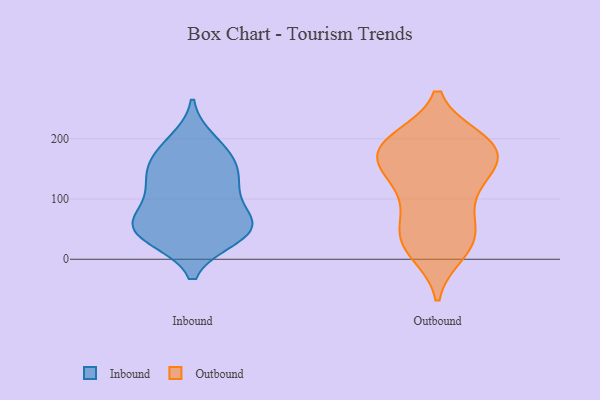
{"axis": {"x": "Bounce Rate (%)", "y": "Value"}, "legend": ["Inbound", "Outbound"], "data": [{"x": "", "y": 162, "type": "Inbound"}, {"x": "", "y": 179, "type": "Inbound"}, {"x": "", "y": 119, "type": "Inbound"}, {"x": "", "y": 195, "type": "Inbound"}, {"x": "", "y": 115, "type": "Inbound"}, {"x": "", "y": 59, "type": "Inbound"}, {"x": "", "y": 73, "type": "Inbound"}, {"x": "", "y": 37, "type": "Inbound"}, {"x": "", "y": 40, "type": "Inbound"}, {"x": "", "y": 130, "type": "Inbound"}, {"x": "", "y": 51, "type": "Inbound"}, {"x": "", "y": 47, "type": "Inbound"}, {"x": "", "y": 153, "type": "Inbound"}, {"x": "", "y": 58, "type": "Inbound"}, {"x": "", "y": 47, "type": "Outbound"}, {"x": "", "y": 196, "type": "Outbound"}, {"x": "", "y": 104, "type": "Outbound"}, {"x": "", "y": 11, "type": "Outbound"}, {"x": "", "y": 179, "type": "Outbound"}, {"x": "", "y": 22, "type": "Outbound"}, {"x": "", "y": 51, "type": "Outbound"}, {"x": "", "y": 185, "type": "Outbound"}, {"x": "", "y": 149, "type": "Outbound"}, {"x": "", "y": 160, "type": "Outbound"}, {"x": "", "y": 134, "type": "Outbound"}, {"x": "", "y": 177, "type": "Outbound"}, {"x": "", "y": 157, "type": "Outbound"}, {"x": "", "y": 43, "type": "Outbound"}, {"x": "", "y": 82, "type": "Outbound"}, {"x": "", "y": 125, "type": "Outbound"}, {"x": "", "y": 16, "type": "Outbound"}, {"x": "", "y": 193, "type": "Outbound"}, {"x": "", "y": 197, "type": "Outbound"}, {"x": "", "y": 199, "type": "Outbound"}]}